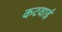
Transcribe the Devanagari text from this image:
कटवाई